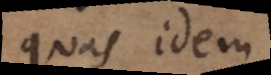
quas idem